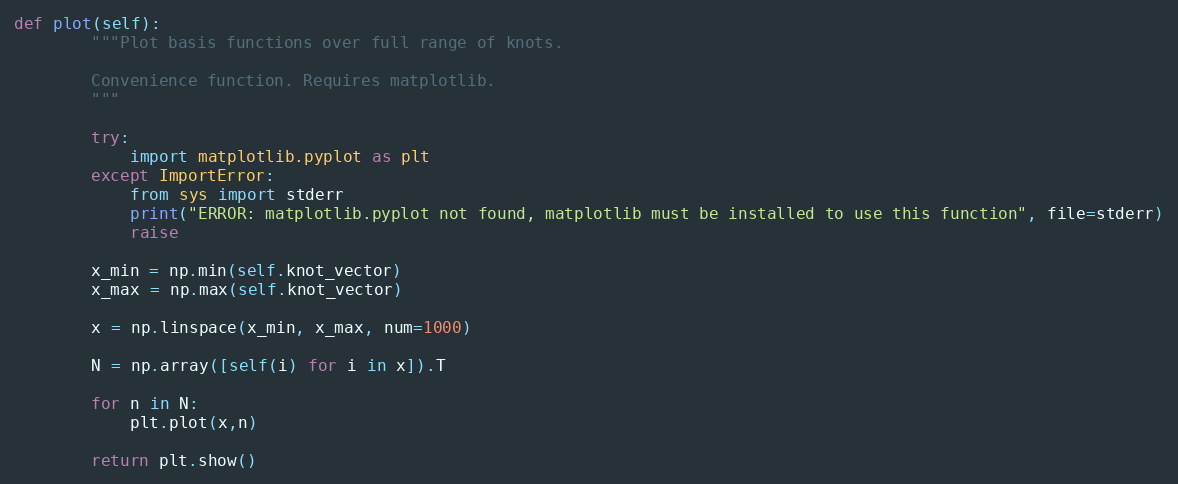
Language: Python
def plot(self):
        """Plot basis functions over full range of knots.

        Convenience function. Requires matplotlib.
        """

        try:
            import matplotlib.pyplot as plt
        except ImportError:
            from sys import stderr
            print("ERROR: matplotlib.pyplot not found, matplotlib must be installed to use this function", file=stderr)
            raise

        x_min = np.min(self.knot_vector)
        x_max = np.max(self.knot_vector)

        x = np.linspace(x_min, x_max, num=1000)

        N = np.array([self(i) for i in x]).T

        for n in N:
            plt.plot(x,n)

        return plt.show()